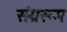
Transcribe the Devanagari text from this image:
संग्ररूप